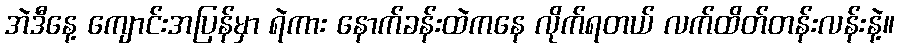
အဲဒီနေ့ ကျောင်းအပြန်မှာ ရဲကား နောက်ခန်းထဲကနေ လိုက်ရတယ် လက်ထိတ်တန်းလန်းနဲ့။